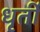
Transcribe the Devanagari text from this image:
धृर्ती